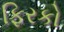
ફિરકો